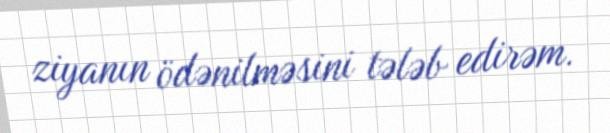
ziyanın ödənilməsini tələb edirəm.